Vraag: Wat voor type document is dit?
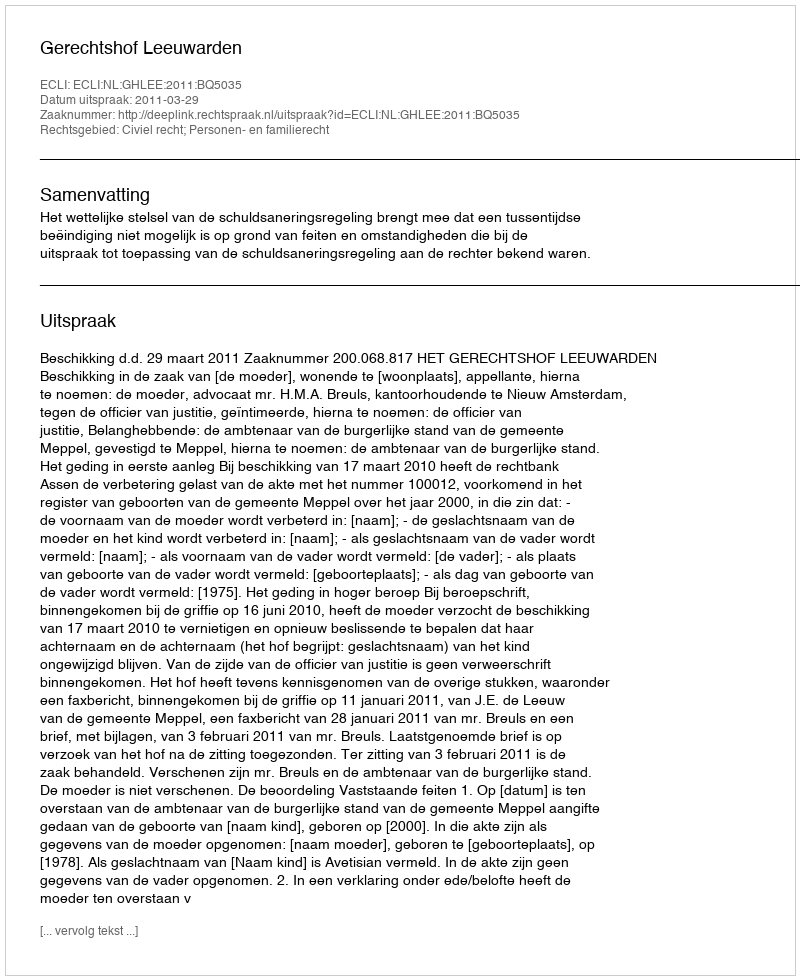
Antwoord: Uitspraak